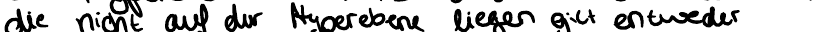
die nicht auf der Hyperebene liegen gilt entweder